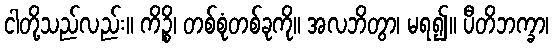
ငါတို့သည်လည်း။ ကိဉ္စိ၊ တစ်စုံတစ်ခုကို။ အလဘိတွာ၊ မရ၍။ ပီတိဘက္ခာ၊